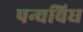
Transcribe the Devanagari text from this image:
पन्चविध